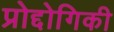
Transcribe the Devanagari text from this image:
प्रोद्दोगिकी